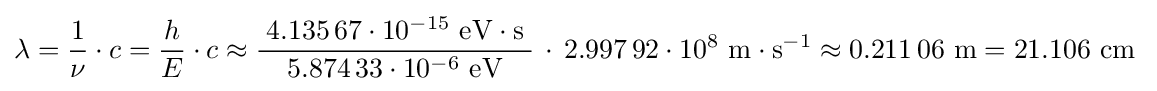
\lambda ={\frac {1}{\nu }}\cdot c={\frac {h}{E}}\cdot c\approx {\frac {\;4.135\,67\cdot 10^{-15}\ \mathrm {eV} \cdot {\text{s}}\;}{5.874\,33\cdot 10^{-6}\ \mathrm {eV} }}\,\cdot \,2.997\,92\cdot 10^{8}\ \mathrm {m} \cdot \mathrm {s} ^{-1}\approx 0.211\,06\ \mathrm {m} =21.106\ \mathrm {cm} \;